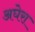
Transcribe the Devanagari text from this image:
अघेरा